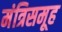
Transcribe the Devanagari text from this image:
मंत्रिसमूह